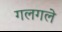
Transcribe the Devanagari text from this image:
गलगले